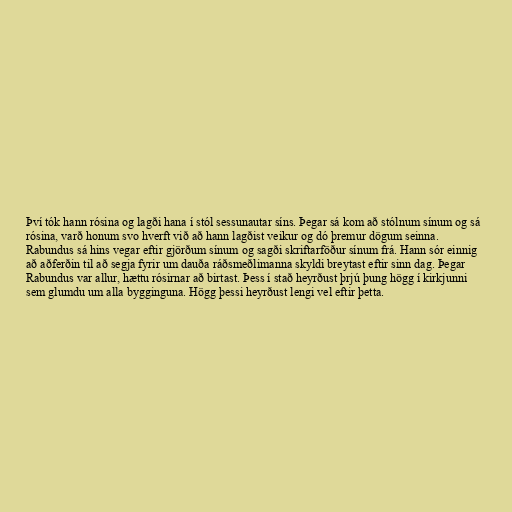
Því tók hann rósina og lagði hana í stól sessunautar síns. Þegar sá kom að stólnum sínum og sá
rósina, varð honum svo hverft við að hann lagðist veikur og dó þremur dögum seinna.
Rabundus sá hins vegar eftir gjörðum sínum og sagði skriftarföður sínum frá. Hann sór einnig
að aðferðin til að segja fyrir um dauða ráðsmeðlimanna skyldi breytast eftir sinn dag. Þegar
Rabundus var allur, hættu rósirnar að birtast. Þess í stað heyrðust þrjú þung högg í kirkjunni
sem glumdu um alla bygginguna. Högg þessi heyrðust lengi vel eftir þetta.